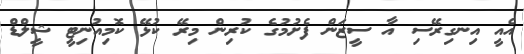
އެއީ އިނގިރޭސި އާ ސީޒަން ފެށުމުގެ ކުރިން މިރޭ ކުޅޭ ކޮމިއުނިޓީ ޝީލްޑް